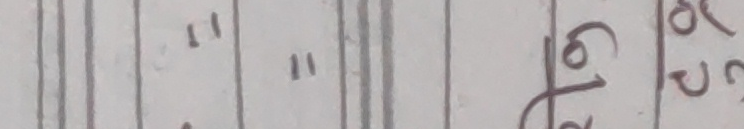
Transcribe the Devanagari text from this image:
।।
६२ ३३